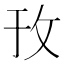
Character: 㪀